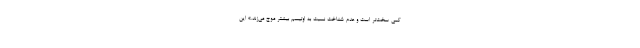
کمی سخت‌تر است و عدم شناخت نسبت به اوتیسم بیشتر موج می‌زند.» این